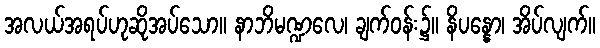
အလယ်အရပ်ဟုဆိုအပ်သော။ နာဘိမဏ္ဍလေ၊ ချက်ဝန်း၌။ နိပန္နော၊ အိပ်လျက်။